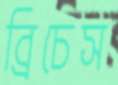
ব্রিচেস